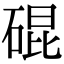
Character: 䃂